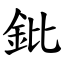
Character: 鈚